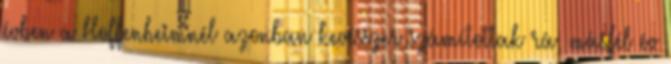
évben a Hoffenheimnél azonban kevésszer számítottak rá, másfél év